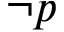
\neg p